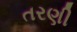
તરણી